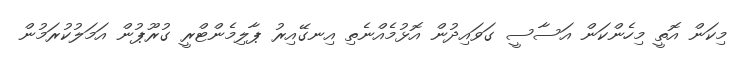
މިކަން އޮތީ މިހެންކަން އަސާސީ ގަވައިދުން އޮޅުމެއްނެތި އިނގޭއިރު ޕާލިމެންޓްރީ ގުރޫޕުން އަމަލުކުރަމުން